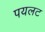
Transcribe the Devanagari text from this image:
पयलट